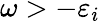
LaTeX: \omega>-\varepsilon_{i}